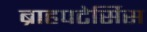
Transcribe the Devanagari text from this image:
ब्राहपटेर्सिस